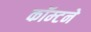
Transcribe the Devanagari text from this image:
कॉम्टने